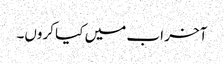
آخر اب میں کیا کروں۔